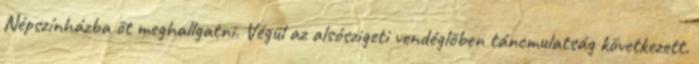
Népszínházba õt meghallgatni. Végül az alsószigeti vendéglõben táncmulatság következett.